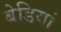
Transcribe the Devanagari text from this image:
बेडियां